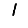
Digit: 1